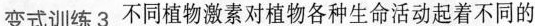
变式训练3 不同植物激素对植物各种生命活动起着不同的